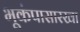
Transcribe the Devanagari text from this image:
भूकंपासारखा